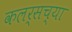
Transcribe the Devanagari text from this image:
कलर्सच्या